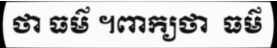
ថា ធម៌ ។ពាក្យថា  ធម៌